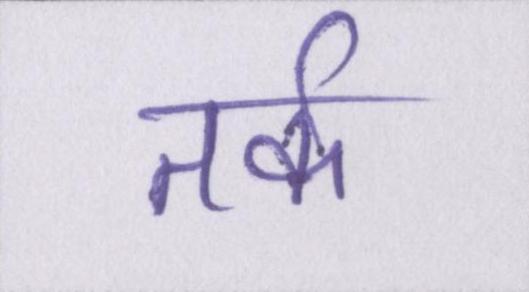
तर्क